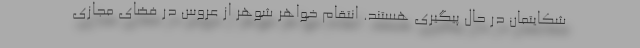
شکایتمان در حال پیگیری هستند. انتقام خواهر شوهر از عروس در فضای مجازی